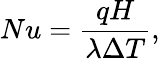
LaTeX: Nu=\frac{qH}{\lambda\Delta T},